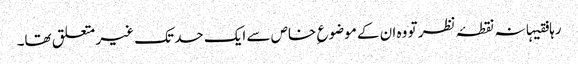
رہا فقیہانہ نقطۂ نظر تو وہ ان کے موضوع ِ خاص سے ایک حد تک غیر متعلق تھا۔